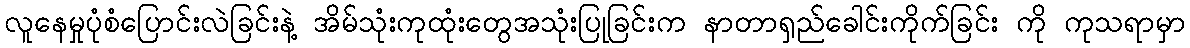
လူနေမှုပုံစံပြောင်းလဲခြင်းနဲ့ အိမ်သုံးကုထုံးတွေအသုံးပြုခြင်းက နာတာရှည်ခေါင်းကိုက်ခြင်း ကို ကုသရာမှာ